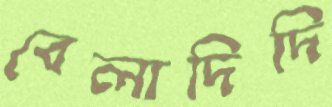
বেলাদিদি